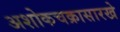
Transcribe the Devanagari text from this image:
अशोकचक्रासारखे